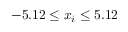
- 5 . 1 2 \leq x _ { i } \leq 5 . 1 2